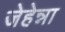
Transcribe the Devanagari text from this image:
जेहेन्ना